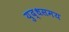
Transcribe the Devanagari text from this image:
युद्धसमय